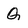
Character: Q